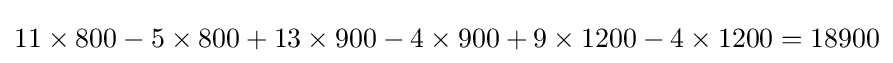
11\times 800-5\times 800+13\times 900-4\times 900+9\times 1200-4\times 1200=18900